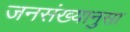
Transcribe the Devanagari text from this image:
जनसंख्यानुसा